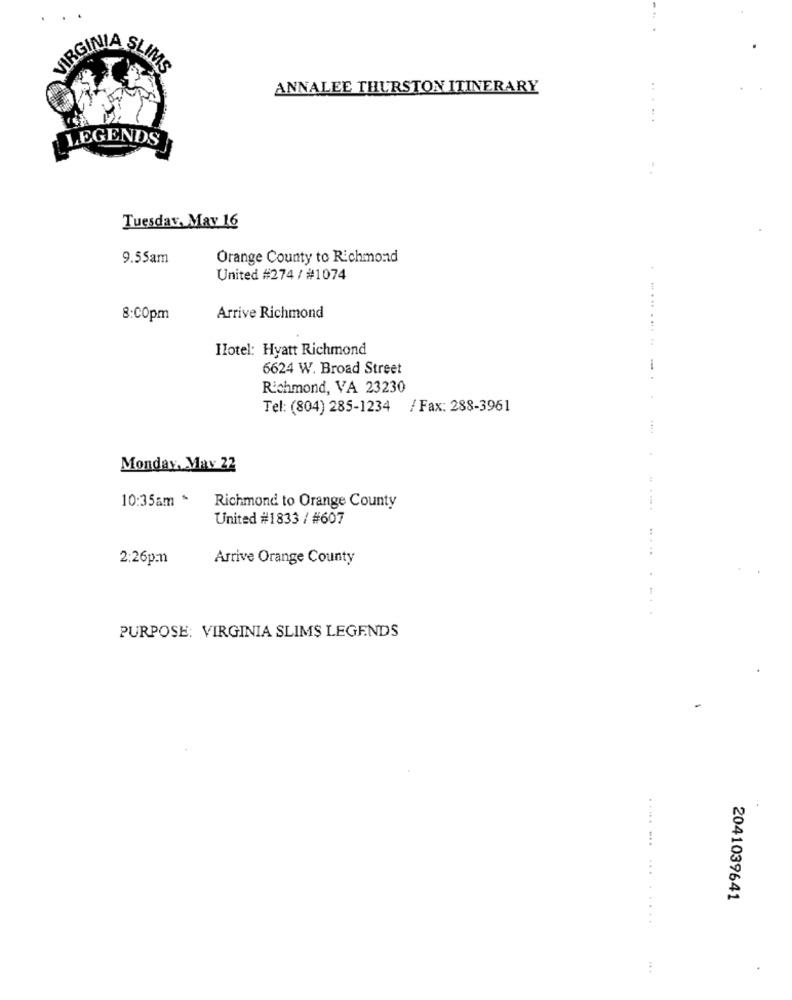
VIRGINIA SLI
ANNALEE THURSTON ITINERARY
LEGENDS
Tuesday, May 16
9.55am
Orange County to Richmond
United #274 / #1074
8:C0pm
Arrive Richmond
Ilotel: Hyatt Richmond
6624 W. Broad Street
Richmond, VA 23230
Tel: (804) 285-1234
/ Fax: 288-3961
Monday, May 22
10:35am *
Richmond to Orange County
United #1833 / #607
2:26pmn
Arrive Orange County
PURPOSE: VIRGINIA SLIMS LEGENDS
.... ...
...
2041039641
: